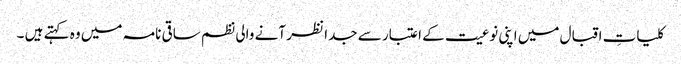
کلیاتِ اقبال میں اپنی نوعیت کے اعتبار سے جدا نظر آنے والی نظم ساقی نامہ میں وہ کہتے ہیں ۔